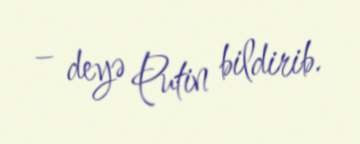
– deyə Putin bildirib.